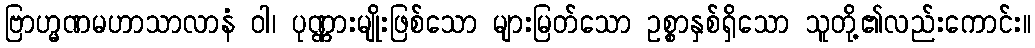
ဗြာဟ္မဏမဟာသာလာနံ ဝါ၊ ပုဏ္ဏားမျိုးဖြစ်သော များမြတ်သော ဥစ္စာနှစ်ရှိသော သူတို့၏လည်းကောင်း။